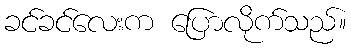
ခင်ခင်လေးက ပြောလိုက်သည်။